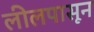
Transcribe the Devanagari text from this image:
लीलपासून